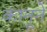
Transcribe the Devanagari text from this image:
कानूने